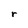
Character: r